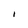
Character: I